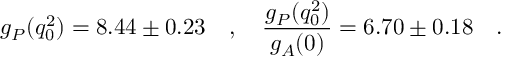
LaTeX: g _ { P } ( q _ { 0 } ^ { 2 } ) = 8 . 4 4 \pm 0 . 2 3 \ \ \ , \ \ \ \frac { g _ { P } ( q _ { 0 } ^ { 2 } ) } { g _ { A } ( 0 ) } = 6 . 7 0 \pm 0 . 1 8 \ \ \ .